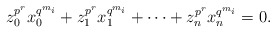
\begin{align*}z_0^{p^r}x_0^{q^{m_i}}+z_1^{p^r}x_1^{q^{m_i}}+\cdots+z_n^{p^r}x_n^{q^{m_i}}=0.\end{align*}